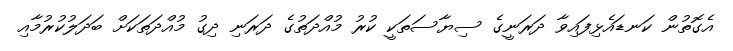
އެގޮތުން ކަނޑައެޅިފައިވާ ދަރަނީގެ ސިޔާސަތަކީ ކުރު މުއްދަތުގެ ދަރަނި ދިގު މުއްދަތަކަށް ބަދަލުކުރުމާއި